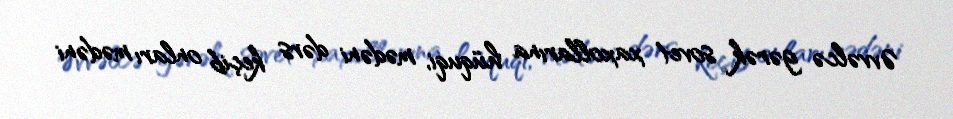
Əvvəlcə gərək sovet xaxollarına hüquqi, mədəni dərs keçib onları mədəni